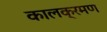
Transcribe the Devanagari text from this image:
कालक्रमण